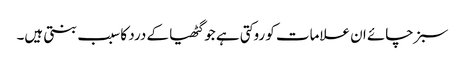
سبز چائے ان علامات کو روکتی ہے جو گٹھیا کے درد کا سبب بنتی ہیں۔